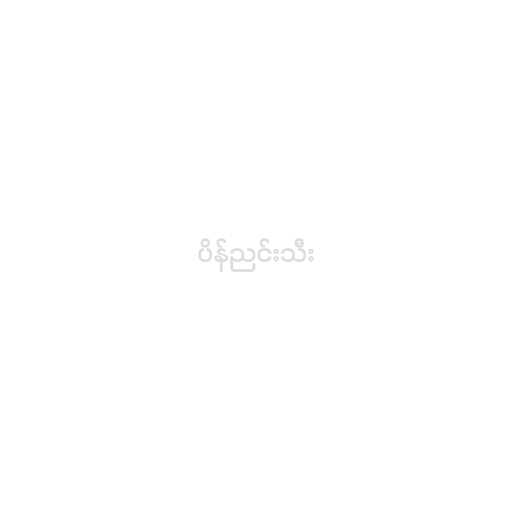
ပိန်ညင်းသီး